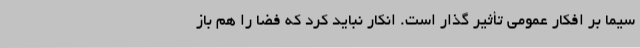
سیما بر افکار عمومی تأثیر گذار است. انکار نباید کرد که فضا را هم باز